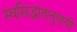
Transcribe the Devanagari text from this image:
स्वसिद्धांतानुयायी